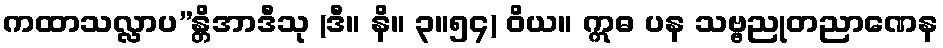
ကထာသလ္လာပ”န္တိအာဒီသု (ဒီ။ နိ။ ၃။၅၄) ဝိယ။ ဣဓ ပန သဗ္ဗညုတညာဏေန